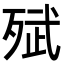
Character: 𭮗